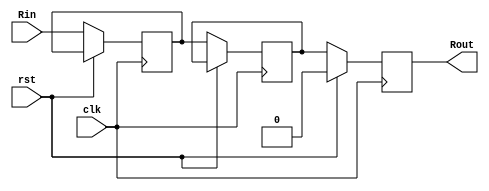
`timescale 1ns / 1ps

module register_3 #(parameter SIZE = 1)(
    input clk,
    input rst,
    input [SIZE-1:0] Rin,
    output reg [SIZE-1:0]  Rout
    );  
    reg [SIZE-1:0] Rout_1;
    reg [SIZE-1:0] Rout_2;
    
    always @(posedge clk) 
    begin
    if (rst==1) begin
       Rout <= {SIZE{1'd0}};      
    end else begin
       Rout_1 <= Rin; 
       Rout_2 <= Rout_1; 
       Rout <= Rout_2; 
    end 
    end

endmodule